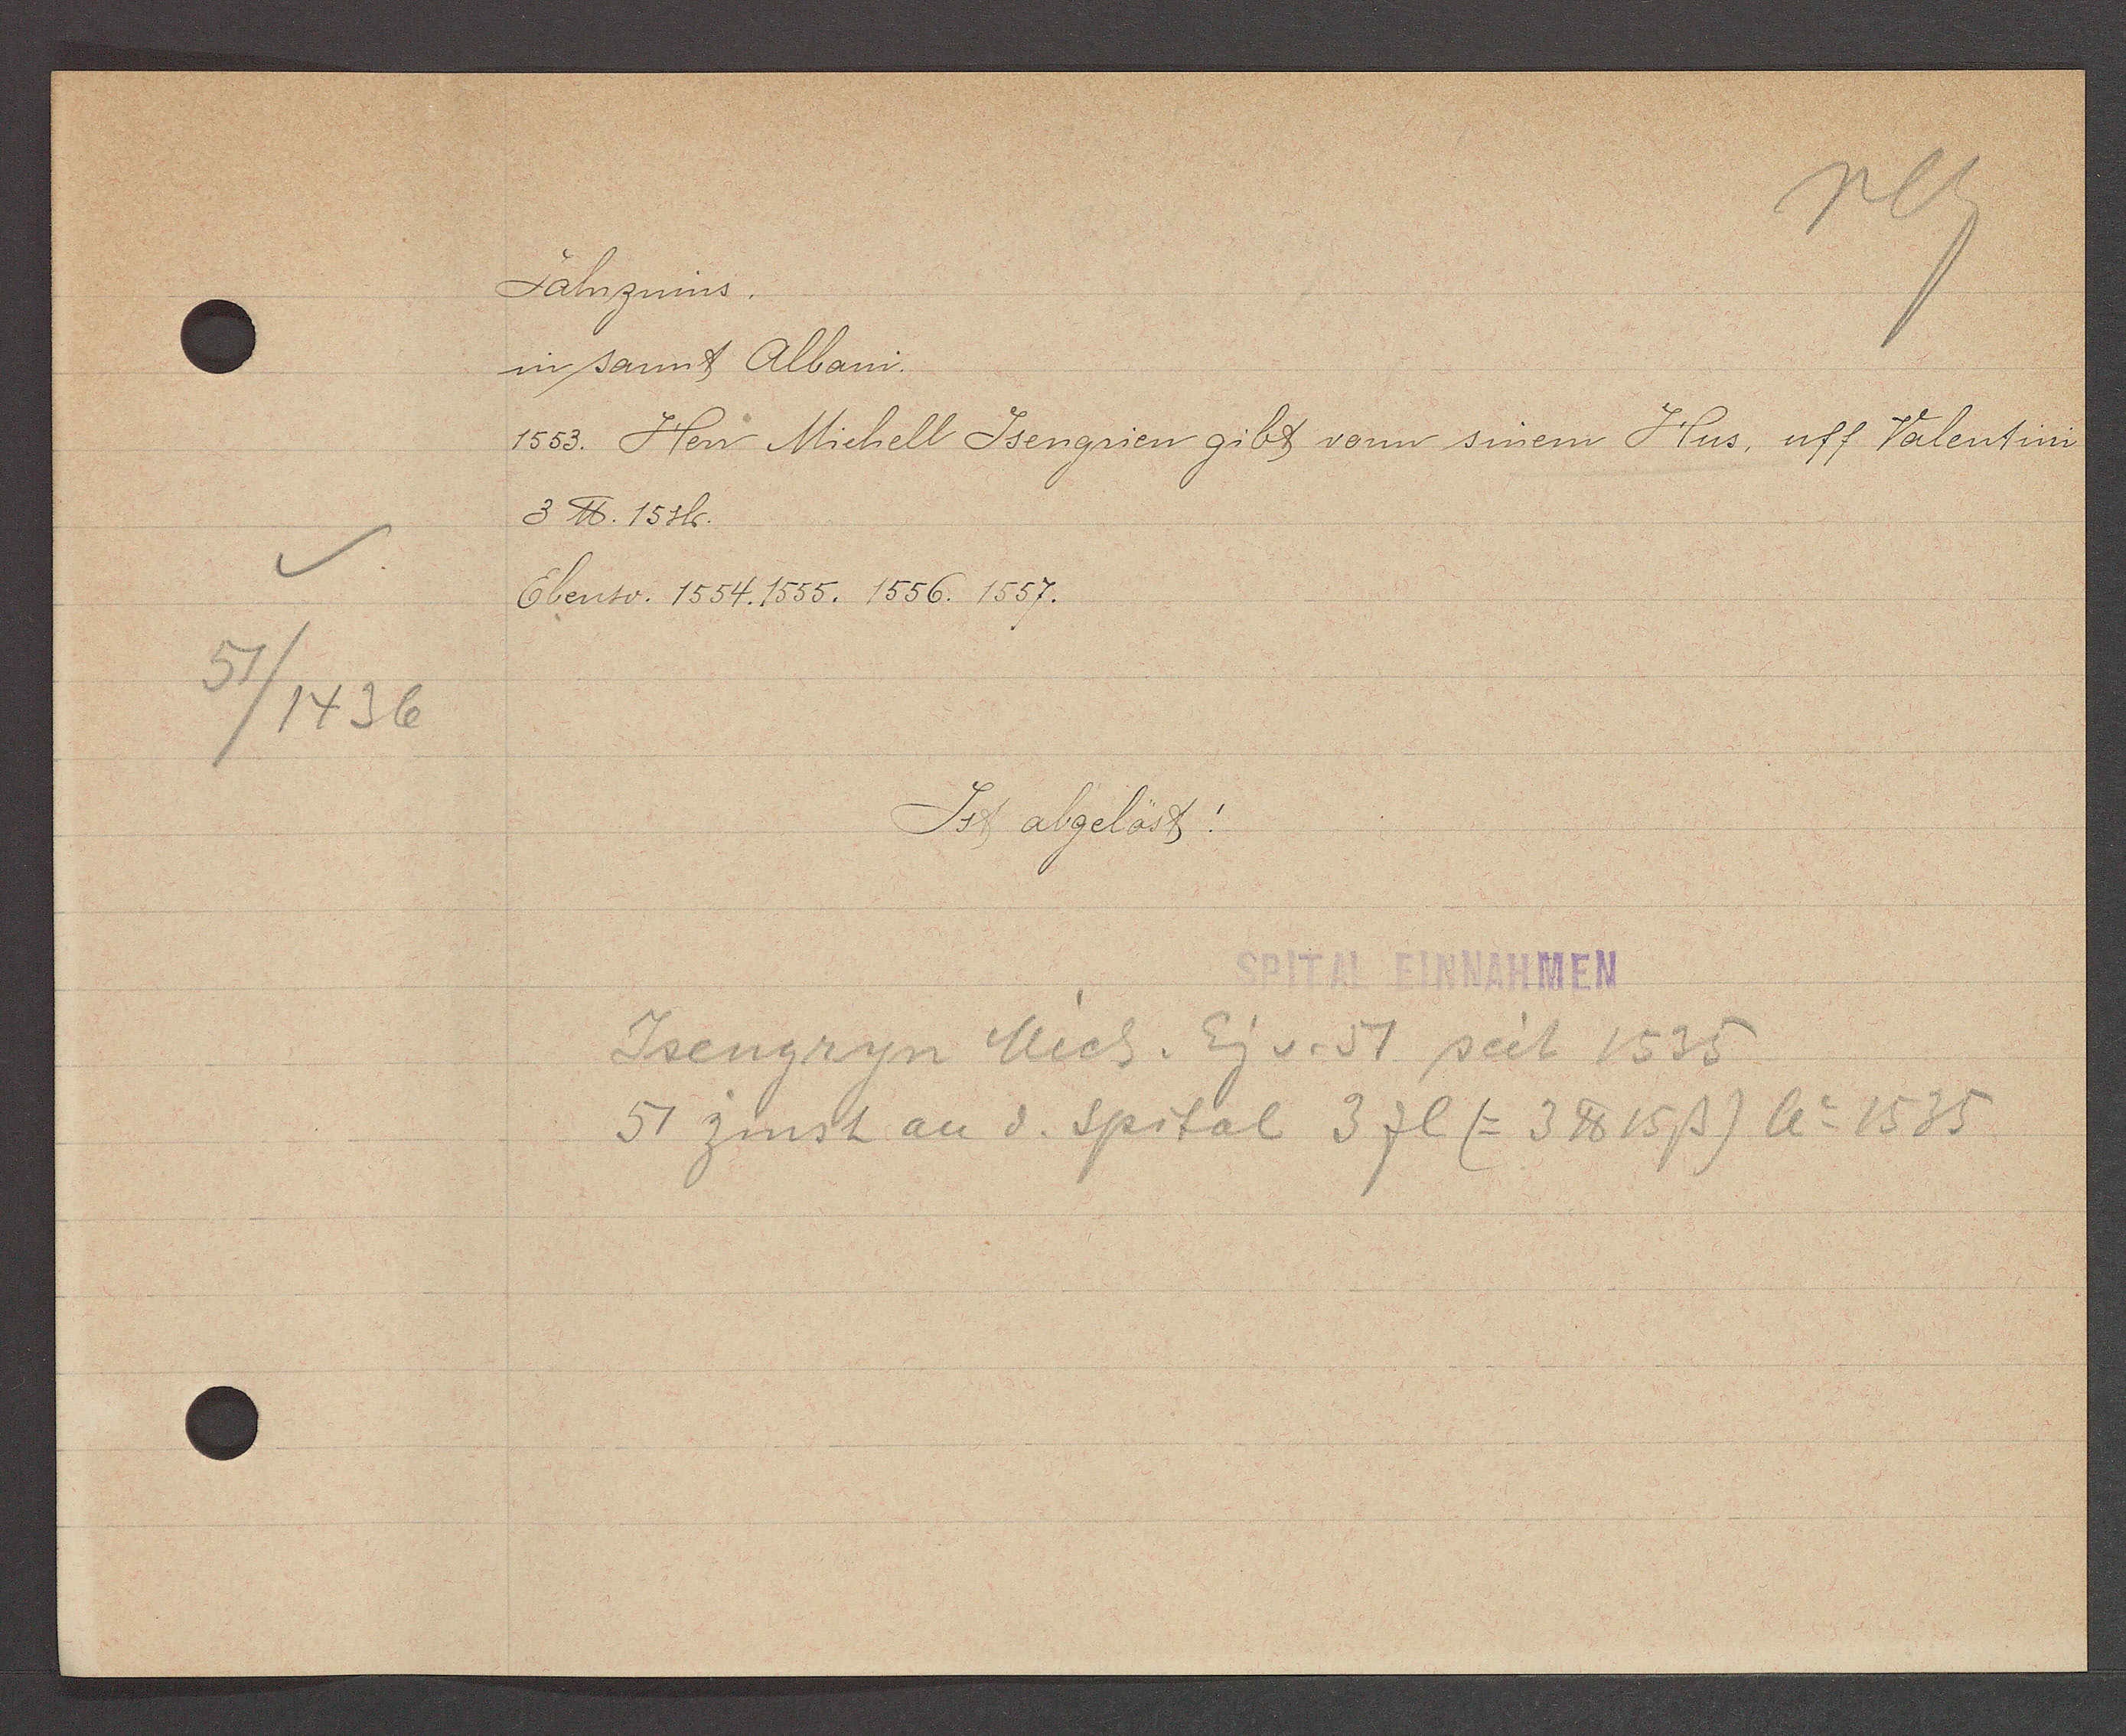
Transcript:
v
51/1436

Jahrzins.

in sannt Albani.
1553. Herr Michell Jsengrien gibt vonn sinem Hus, uff Valentini,
3 ℔. 15 sh.
Ebenso. 1554. 1555. 1556. 1557.

Ist abgelöst!
SPITAL EINNAHMEN

Jsengryn Mich. Eig v. 51 seit 1535
5 zinst an d. Spital 3 fl (= 3℔ 15ß) Ao 1535